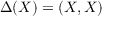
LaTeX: \Delta ( X ) = ( X , X )